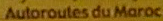
Autoroutes du Maroc